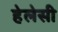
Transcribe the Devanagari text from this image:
हेलेसी